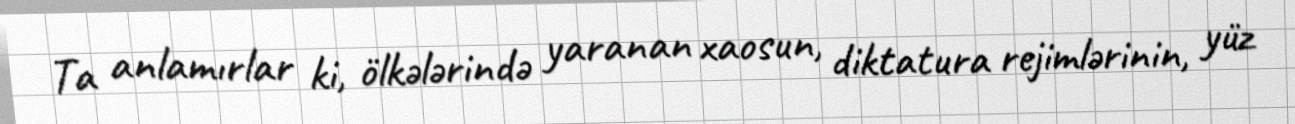
Ta anlamırlar ki, ölkələrində yaranan xaosun, diktatura rejimlərinin, yüz